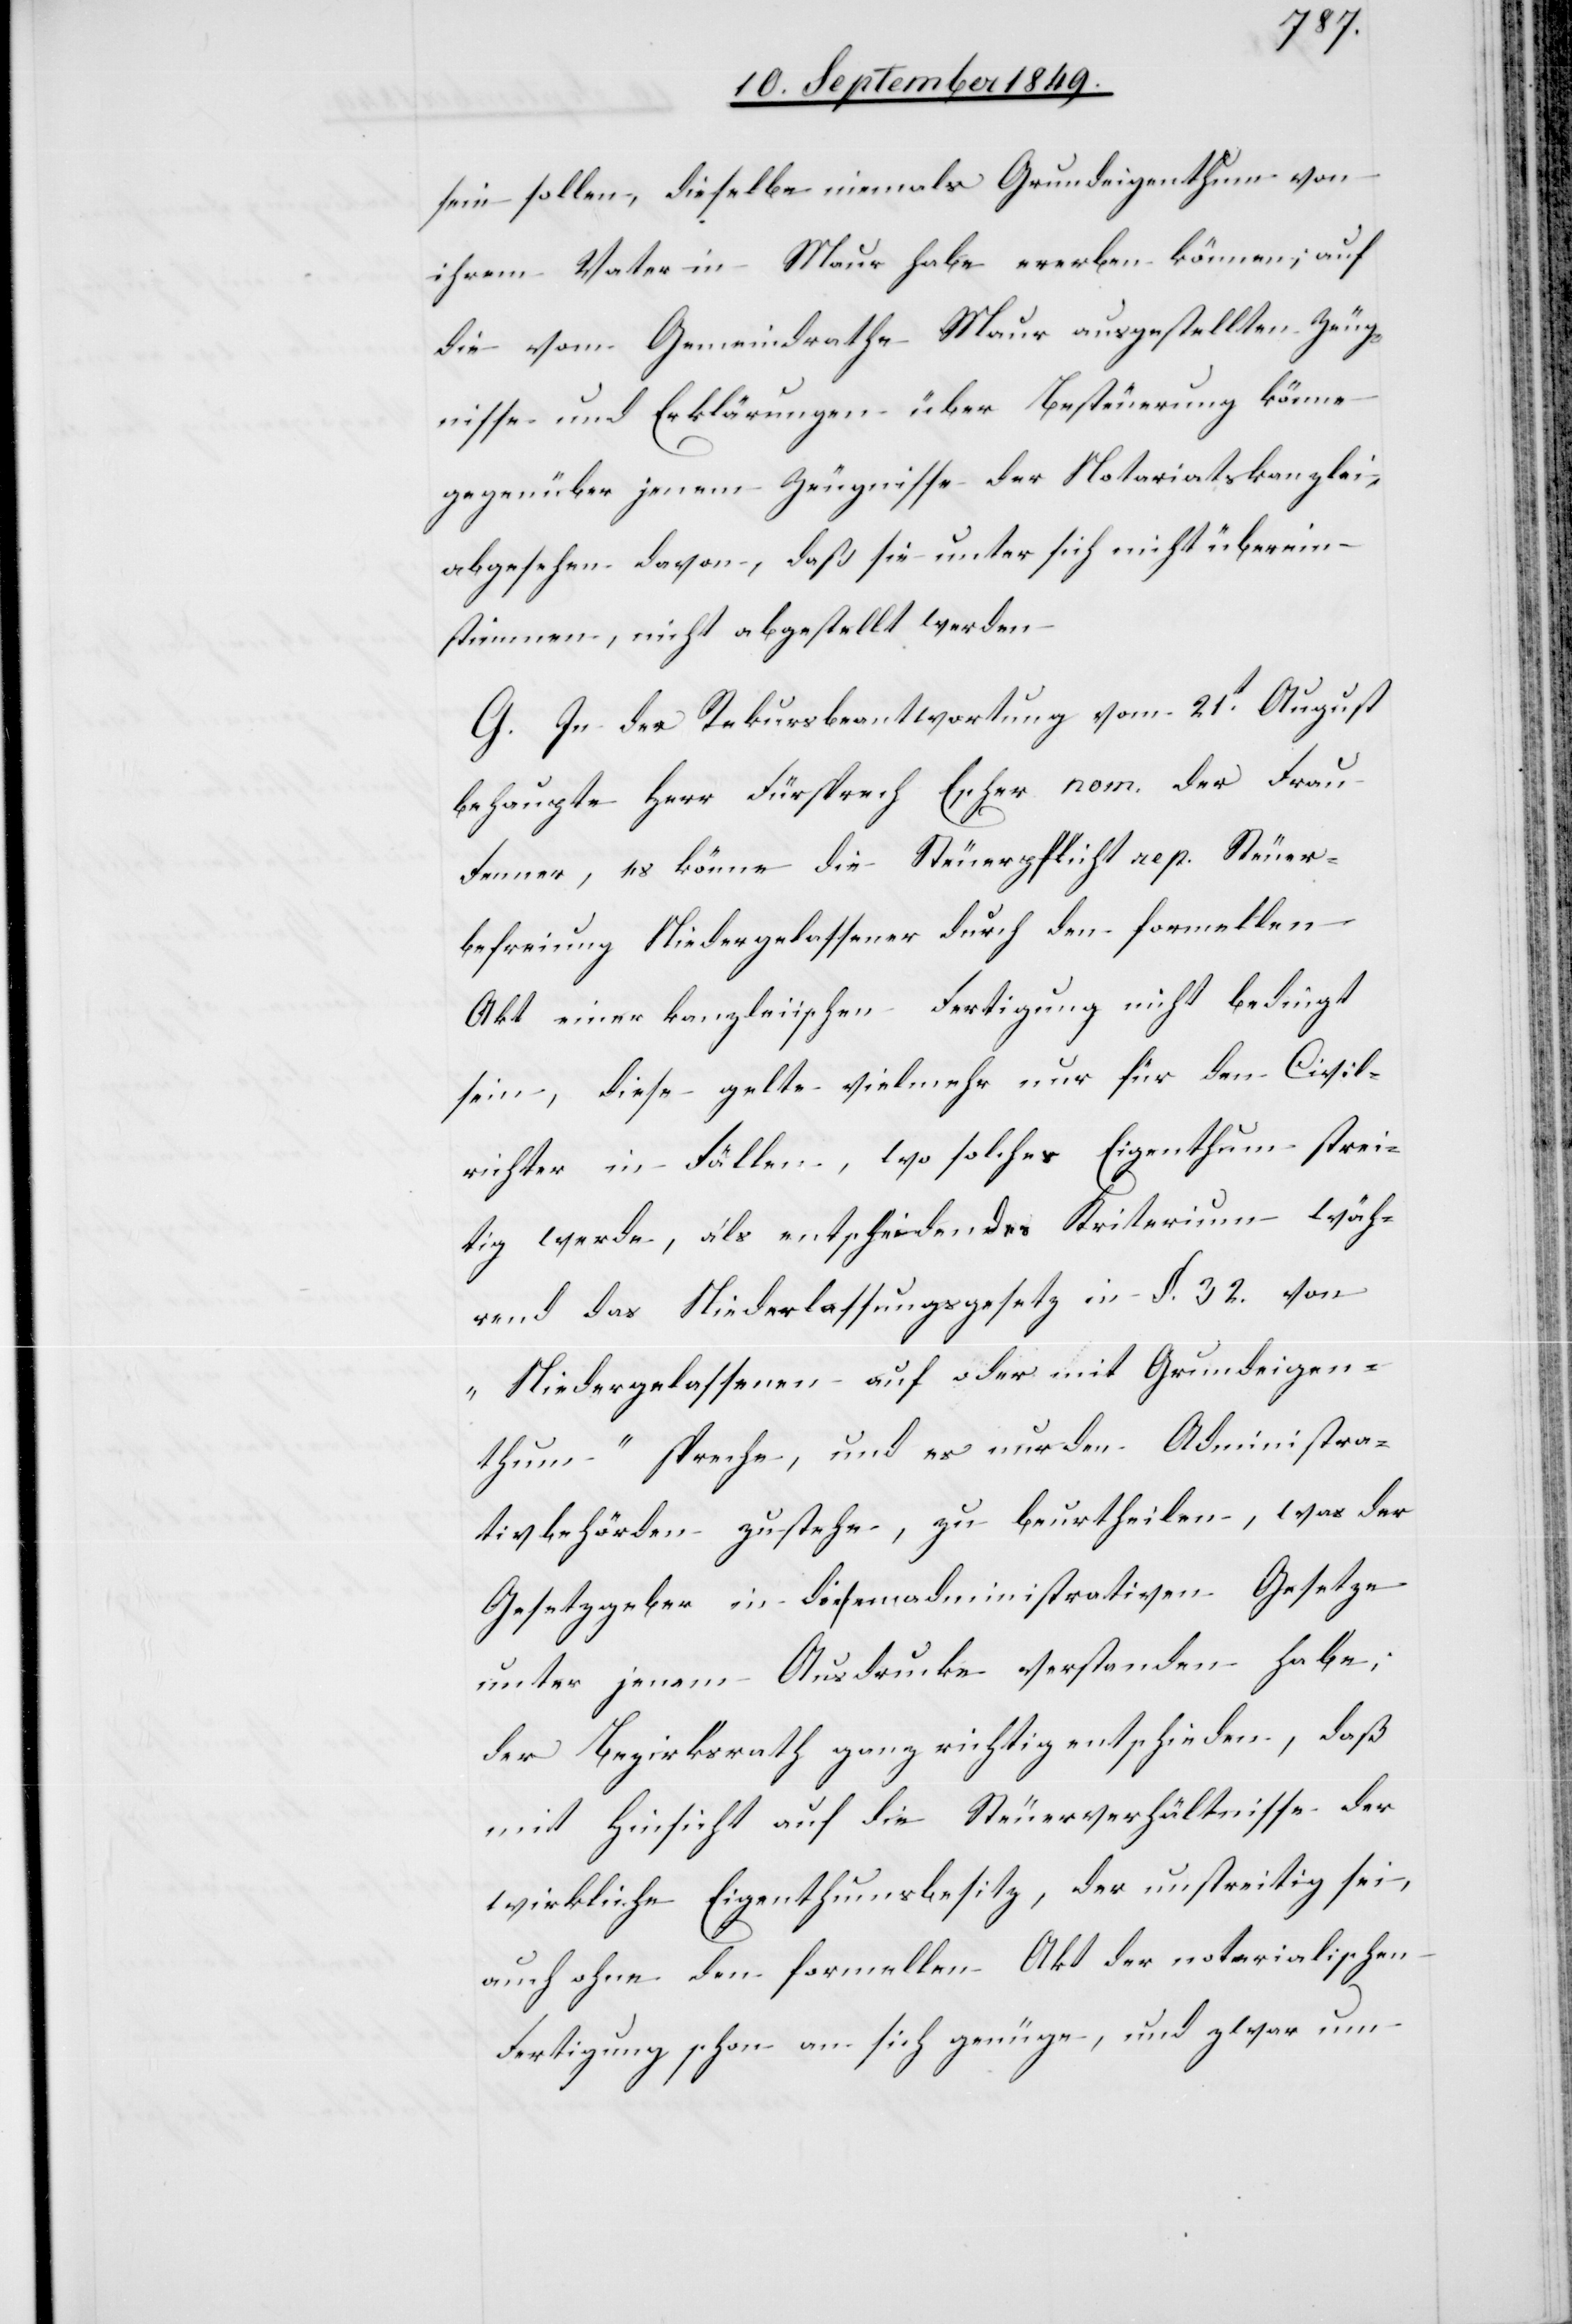
sein sollen, dieselbe niemals Grundeigenthum von
ihrem Vater in Maur habe ererben können; auf
die vom Gemeindrathe Maur ausgestellten Zeug¬
nisse und Erklärungen über Besteurung könne
gegenüber jenem Zeugnisse der Notariatskanzlei,
abgesehen davon, daß sie unter sich nicht überein¬
stimmen, nicht abgestellt werden.
G. In der Rekursbeantwortung vom 21t August
behaupte Herr Fürsprech Escher nom. der Frau
Fenner, es könne die Steuerpflicht rep. Steuer¬
befreiung Niedergelassener durch den formellen
Akt einer kanzleiischen Fertigung nicht bedingt
sein, diese gelte vielmehr nur für den Civil¬
richter in Fällen, wo solches Eigenthum strei¬
tig werde, als entscheidendes Kriterium wäh¬
rend das Niederlassungsgesetz in §. 32. von
„Niedergelassenen auf oder mit Grundeigen¬
thum“ spreche, und es nur den Administra¬
tivbehörden zustehe, zu beurtheilen, was der
Gesetzgeber in diesem administrativen Gesetze
unter jenem Ausdrucke verstanden habe;
der Bezirksrath ganz richtig entschieden, daß
mit Hinsicht auf die Steuerverhältnisse der
wirkliche Eigenthumsbesitz, der unstreitig sei,
auch ohne dem formellen Akt der notarialischen
Fertigung schon an sich genüge, und zwar um